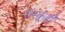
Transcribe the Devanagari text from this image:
संस्क्रुती